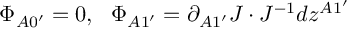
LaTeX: \Phi _ { A 0 ^ { \prime } } = 0 , \ \ \Phi _ { A 1 ^ { \prime } } = \partial _ { A 1 ^ { \prime } } J \cdot J ^ { - 1 } d z ^ { A 1 ^ { \prime } }